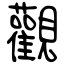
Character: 觀